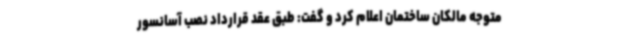
متوجه مالکان ساختمان اعلام کرد و گفت: طبق عقد قرارداد نصب آسانسور